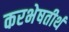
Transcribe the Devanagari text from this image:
करभेषतीर्थ